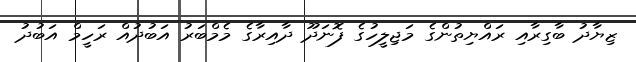
ޒިޔާދު ބާގިރާއި ރައްޔިތުންގެ މަޖިލީހުގެ ފޮނަދޫ ދާއިރާގެ މެމްބަރު އަބުދުއް ރަހީމް އަބުދު